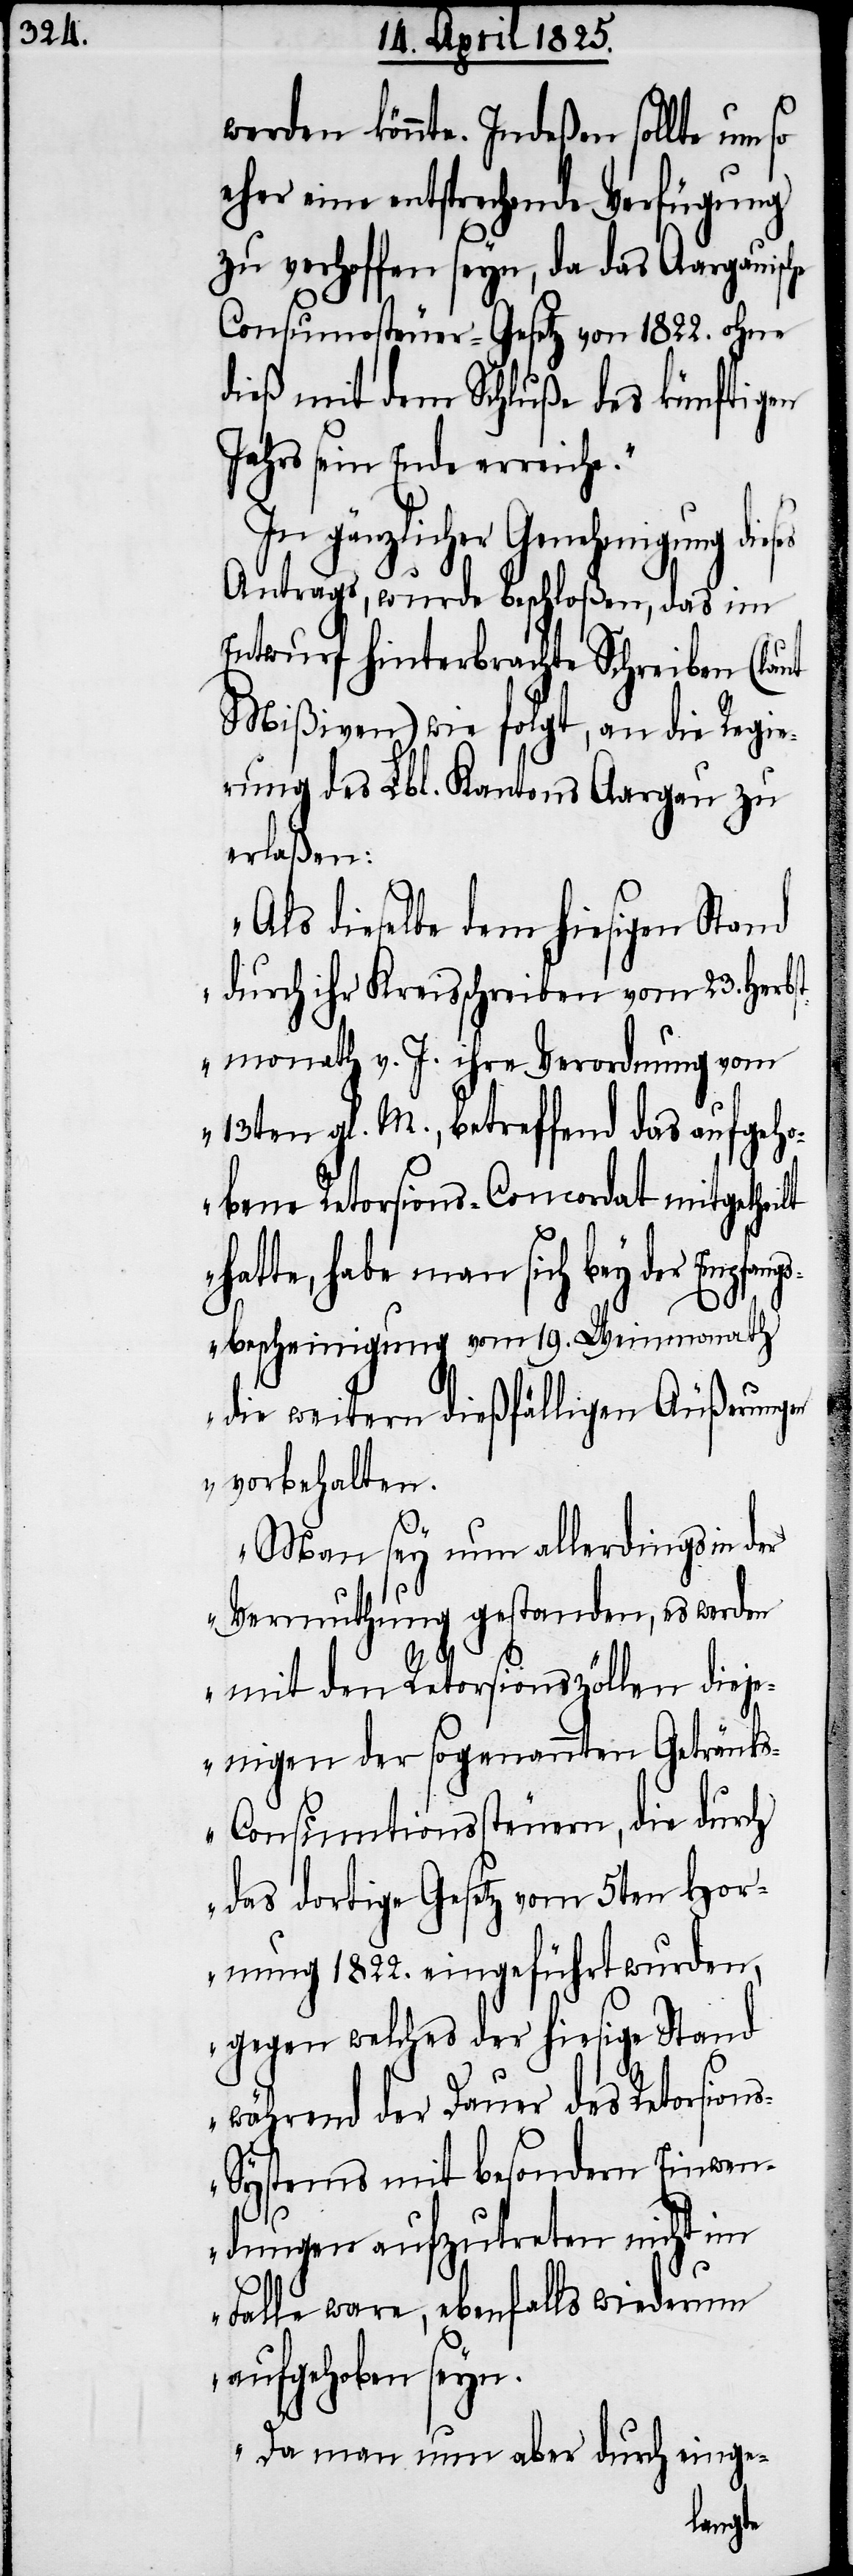
werden könnte. Indeßen sollte um so
eher eine entsprechende Verfügung
zu verhoffen seyn, da das Aargauische
Consumosteuer-Gesetz von 1822. ohne
dieß mit dem Schluße des künftigen
Jahrs sein Ende erreiche.“
In gänzlicher Genehmigung
Antrags, wurde beschloßen, das im
Entwurf hinterbrachte Schreiben (laut
Mißiven) wie folgt, an die Regie¬
rung des Lbl. Kantons Aargau zu
erlaßen:
„Als dieselbe dem hiesigen Stand
durch ihr Kreisschreiben vom 23. Herb¬
stmonath v. J. ihre Verordnung vom
13ten gl. M., betreffend das aufgeho¬
bene Retorsions-Concordat mitgetheilt
hatte, habe man sich bey der Emp¬
sbescheinigung vom 19. Weinmonath
die weitern dießfälligen Äußerungen
vorbehalten.
Man sey nun allerdings in der
Vermuthung gestanden, es werden
mit den Retorsionszöllen dieje¬
nigen der sogenannten Getränk¬
s-Consumtionssteuern, die durch
das dortige Gesetz vom 5ten Hor¬
nung 1822. eingeführt wurden,
gegen welches der hiesige Stand
während der Dauer des Retorsion¬
s-Systems mit besondern Einwen¬
dungen aufzutreten nicht im
Falle ware, ebenfalls wiederum
aufgehoben seyn.
Da man nun aber durch einge-
fang¬